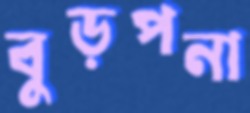
বুড়পনা